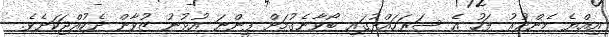
އިއްޔެ މެންދުރު ފަހު އެ ސަރަހައްދުގައި ބޯވާނެގުމަށް ފީންނަ އުޅުނު ޒުވާން ދެކުއްޖަކަށެވެ.